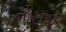
નોરપાક